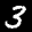
Label: 3